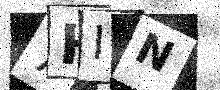
Text: 7HIN